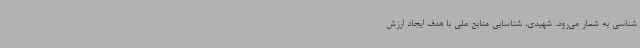
شناسی به شمار می‌رود. شهیدی، شناسایی منابع ملی با هدف ایجاد ارزش